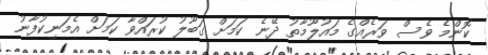
ކޮންމެ ވެސް ވަރެއްގެ މައުލޫމާތު ދޭނެ ކަމަށް ގަބޫލު ކުރައްވާ ކަމަށް އެމަނިކުފާނު